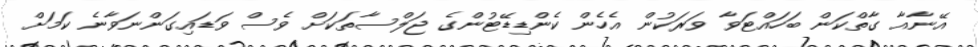
އޭނާއާ ގާތްކަން ބަހައްޓަވާ ވަރަކުން އެހެން ކެންޑިޑޭޓުންގެ ޖަލްސާތަކަށް ވެސް ވަޑައިގަންނަވާނެ ކަމަށް